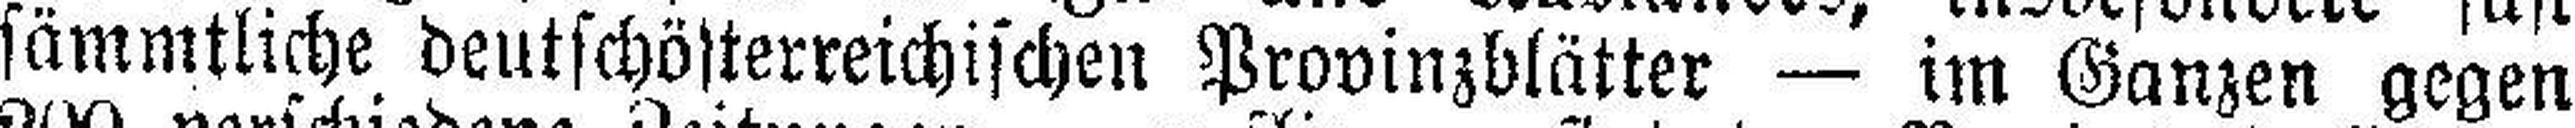
sämmtliche deutschösterreichischen Provinzblätter — im Ganzen gegen